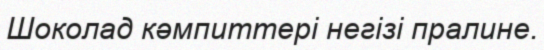
Шоколад кәмпиттері негізі пралине.